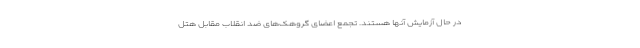
در حال آزمایش آنها هستند. تجمع اعضای گروهک‌های ضد انقلاب مقابل هتل